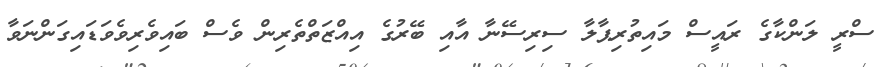
ސްރީ ލަންކާގެ ރައީސް މައިތުރިޕާލާ ސިރިސޭނާ އާއި ބޭރުގެ އިއްޒަތްތެރިން ވެސް ބައިވެރިވެވަޑައިގަންނަވާ